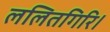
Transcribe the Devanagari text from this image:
ललितगिरि।